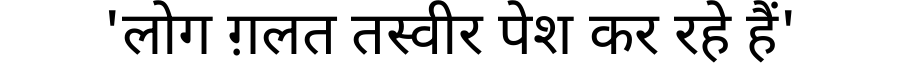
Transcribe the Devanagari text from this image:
'लोग ग़लत तस्वीर पेश कर रहे हैं'